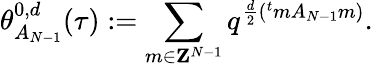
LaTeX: \theta_{A_{N-1}}^{0,d}(\tau):=\sum_{m\in{\mathbf Z}^{N-1}}q^{\frac{d}{2}({}^{t}mA_{N-1}m)}.